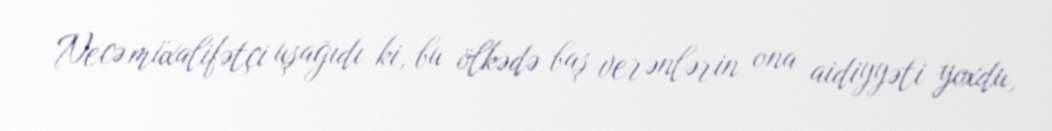
Necə müxalifətçi uşağıdı ki, bu ölkədə baş verənlərin ona aidiyyəti yoxdu,